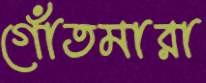
গোঁতমারা